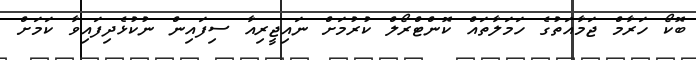
ބޮކޯ ހަރާމް ޖަމާއަތުގެ ހަމަލާތައް ކޮންޓްރޯލް ކުރުމަށް ނައިޖީރިއާ ސިފައިން ނުކުޅެދިފައިވާ ކަމަށް